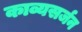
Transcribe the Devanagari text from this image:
काव्यसर्जन